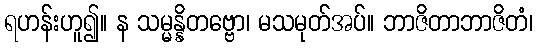
ရဟန်းဟူ၍။ န သမ္မန္နိတဗ္ဗော၊ မသမုတ်အပ်။ ဘာဇိတာဘာဇိတံ၊